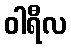
ဝါရီလ